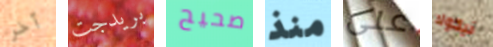
آخر بريدجت صحيح منذ على نيكولا